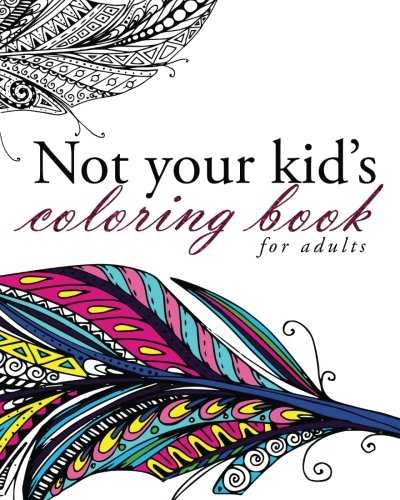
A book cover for Not Your Kid's Coloring Book; Pink Ink Designs; Humor & Entertainment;